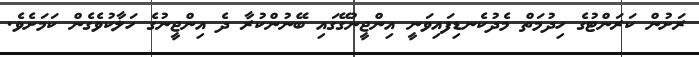
ރަށުން ކަރަންޓުގެ ހިދުމަތް މެދުކެނޑިފައިވަނީ އިންޖީނުގޭގައި ބޭނުންކުރާ ދެ އިންޖީނުގެ ހަލާކުވެގެން ކަމަށެވެ.